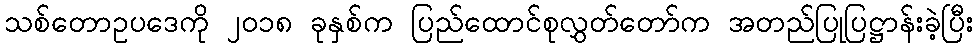
သစ်တောဥပဒေကို ၂၀၁၈ ခုနှစ်က ပြည်ထောင်စုလွှတ်တော်က အတည်ပြုပြဋ္ဌာန်းခဲ့ပြီး